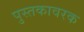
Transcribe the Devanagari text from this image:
पुस्तकावरक